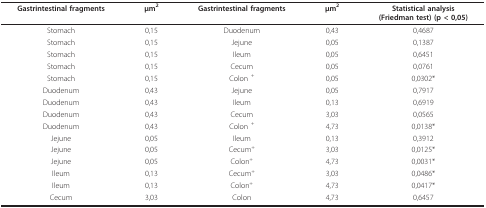
<table><thead><tr><td><b>Gastrintestinal fragments</b></td><td><b>μm<sup>2 </sup></b></td><td><b>Gastrintestinal fragments</b></td><td><b>μm<sup>2 </sup></b></td><td><b>Statistical analysis(Friedman test) (p &lt; 0,05)</b></td></tr></thead><tbody><tr><td>Stomach</td><td>0,15</td><td>Duodenum</td><td>0,43</td><td>0,4687</td></tr><tr><td>Stomach</td><td>0,15</td><td>Jejune</td><td>0,05</td><td>0,1387</td></tr><tr><td>Stomach</td><td>0,15</td><td>Ileum</td><td>0,05</td><td>0,6451</td></tr><tr><td>Stomach</td><td>0,15</td><td>Cecum</td><td>0,05</td><td>0,0761</td></tr><tr><td>Stomach</td><td>0,15</td><td>Colon <sup>+ </sup></td><td>0,05</td><td>0,0302*</td></tr><tr><td>Duodenum</td><td>0,43</td><td>Jejune</td><td>0,05</td><td>0,7917</td></tr><tr><td>Duodenum</td><td>0,43</td><td>Ileum</td><td>0,13</td><td>0,6919</td></tr><tr><td>Duodenum</td><td>0,43</td><td>Cecum</td><td>3,03</td><td>0,0565</td></tr><tr><td>Duodenum</td><td>0,43</td><td>Colon <sup>+ </sup></td><td>4,73</td><td>0,0138*</td></tr><tr><td>Jejune</td><td>0,05</td><td>Ileum</td><td>0,13</td><td>0,3912</td></tr><tr><td>Jejune</td><td>0,05</td><td>Cecum<sup>+ </sup></td><td>3,03</td><td>0,0125*</td></tr><tr><td>Jejune</td><td>0,05</td><td>Colon<sup>+ </sup></td><td>4,73</td><td>0,0031*</td></tr><tr><td>Ileum</td><td>0,13</td><td>Cecum<sup>+ </sup></td><td>3,03</td><td>0,0486*</td></tr><tr><td>Ileum</td><td>0,13</td><td>Colon<sup>+ </sup></td><td>4,73</td><td>0,0417*</td></tr><tr><td>Cecum</td><td>3,03</td><td>Colon</td><td>4,73</td><td>0,6457</td></tr></tbody></table>